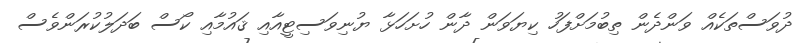
ދުވަސްތަކެއް ވަންދެން ތިބުމަށްފަހު ކިޔަވަން ދާން ހުށަހަޅާ ޔުނިވަސިޓީއާއި ޤައުމާއި ކޯސް ބަދަލުކުރަންވެސް